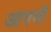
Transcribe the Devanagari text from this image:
आपभी